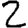
Digit: 2